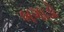
બગાડો